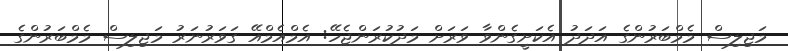
މަޖިލިސް މެމްބަރުންގެ އަދަދު އެކަށީގެންވާ ވަރަށް މަދުކުރަންޖެހޭ: އެމްއެމްއޭ ގަވަރުނަރު މަޖިލިސް މެމްބަރުންގެ